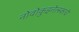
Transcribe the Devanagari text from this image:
नोवोकुझ्नेत्स्कचे